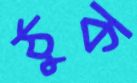
ঠুক